Scottish Leaving Certificate Examination, 1960
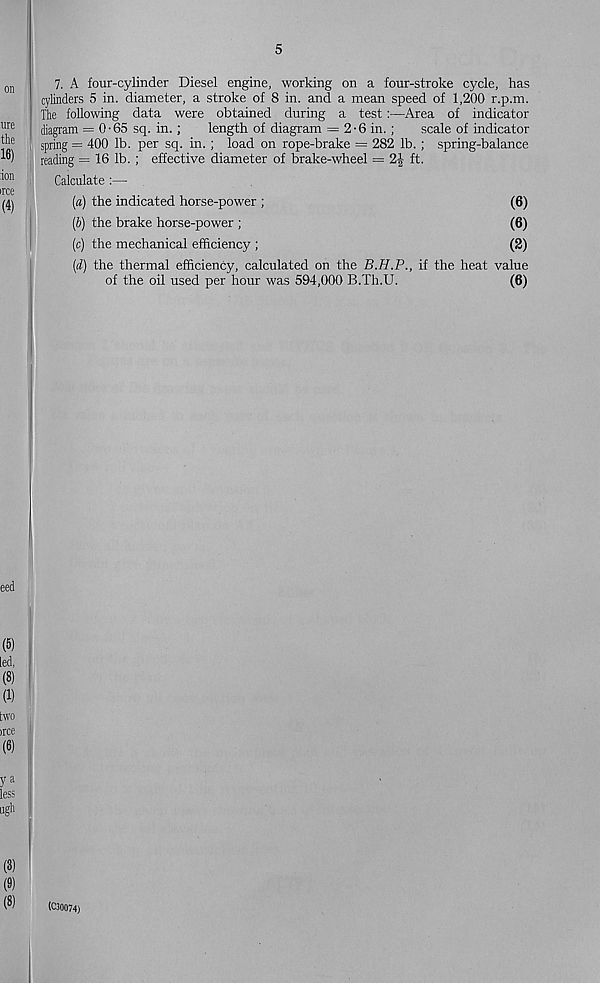
5
7. A four-cylinder Diesel engine, working on a four-stroke cycle, has
j cylinders 5 in. diameter, a stroke of 8 in. and a mean speed of 1,200 r.p.m.
The following data were obtained during a test:—Area of indicator
diagram = 0-65 sq. in. ;
length of diagram = 2 • 6 in. ;
scale of indicator
spring = 400 lb. per sq. in. ; load on rope-brake = 282 lb. ; spring-balance
reading = 16 lb. ; effective diameter of brake-wheel = 2J ft.
Calculate :—
(a) the indicated horse-power ;
(6)
(b) the brake horse-power ;
(6)
(c) the mechanical efficiency ;
(2)
(d) the thermal efficiency, calculated on the B.H.P., if the heat value
of the oil used per hour was 594,000 B.Th.U.
(6)
(C30074)